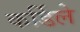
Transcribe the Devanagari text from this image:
कर्डिले